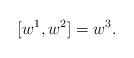
LaTeX: \begin{align*} [w^1,w^2]=w^3.\end{align*}